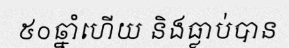
៥០ឆ្នាំហើយ និងធ្លាប់បាន